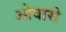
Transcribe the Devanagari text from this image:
ओवारो